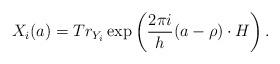
LaTeX: \begin{align*}X_i(a)=Tr_{Y_i}\exp \left( \frac{2\pi i}h(a-\rho )\cdot H\right). \end{align*}